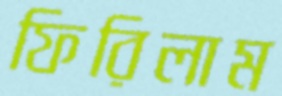
ফিরিলাম